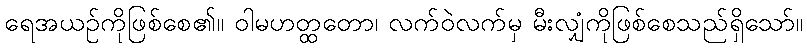
ရေအယဉ်ကိုဖြစ်စေ၏။ ဝါမဟတ္ထတော၊ လက်ဝဲလက်မှ မီးလျှံကိုဖြစ်စေသည်ရှိသော်။